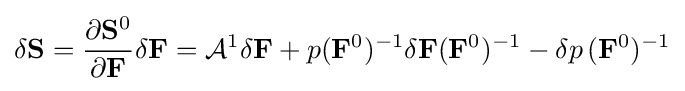
\delta {\bf {S}}={\frac {\partial {\bf {S}}^{0}}{\partial {\bf {F}}}}\delta {\bf {F}}={\mathcal {A}}^{1}\delta {\bf {F}}+p({\bf {F}}^{0})^{-1}\delta {\bf {F}}({\bf {F}}^{0})^{-1}-\delta p\,({\bf {F}}^{0})^{-1}